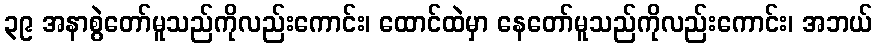
၃၉ အနာစွဲတော်မူသည်ကိုလည်းကောင်း၊ ထောင်ထဲမှာ နေတော်မူသည်ကိုလည်းကောင်း၊ အဘယ်